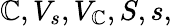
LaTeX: \mathbb{C},V_{s},V_{\mathbb{C}},S,s,